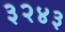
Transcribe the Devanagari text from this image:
३२४३